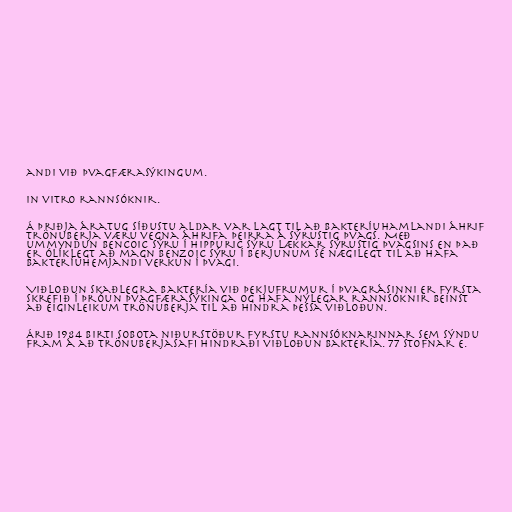
andi við þvagfærasýkingum.

in vitro rannsóknir.

Á þriðja áratug síðustu aldar var lagt til að bakteríuhamlandi áhrif
trönuberja væru vegna áhrifa þeirra á sýrustig þvags. Með
ummyndun bencoic sýru í hippuric sýru lækkar sýrustig þvagsins en það
er ólíklegt að magn benzoic sýru í berjunum sé nægilegt til að hafa
bakteríuhemjandi verkun í þvagi.

Viðloðun skaðlegra baktería við þekjufrumur í þvagrásinni er fyrsta
skrefið í þróun þvagfærasýkinga og hafa nýlegar rannsóknir beinst
að eiginleikum trönuberja til að hindra þessa viðloðun.

Árið 1984 birti Sobota niðurstöður fyrstu rannsóknarinnar sem sýndu
fram á að trönuberjasafi hindraði viðloðun baktería. 77 stofnar E.